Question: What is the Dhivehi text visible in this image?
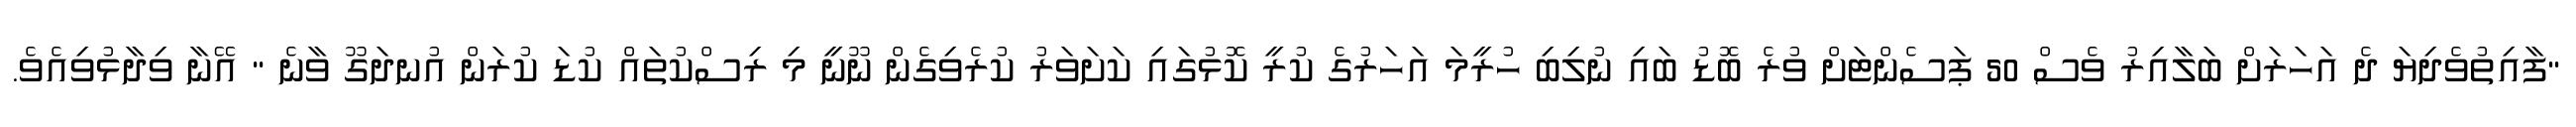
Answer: "ފާއިތުވެދިޔަ ދެ އަހަރަށް ބަލާއިރު ވެސް 50 ޕަސެންޓަށް ވުރެ ބޮޑު ބައި ނުލިބި ހުރީމަ އަހަރުގެ ކުރީ ކޮޅުގައި ކަށަވަރު ކުރެވިގެން ނޫނީ މި ރިސްކުތައް ކުޑަ ކުރަން އުނދަގޫ ވާނެ " އޭނާ ވިދާޅުވިއެވެ.